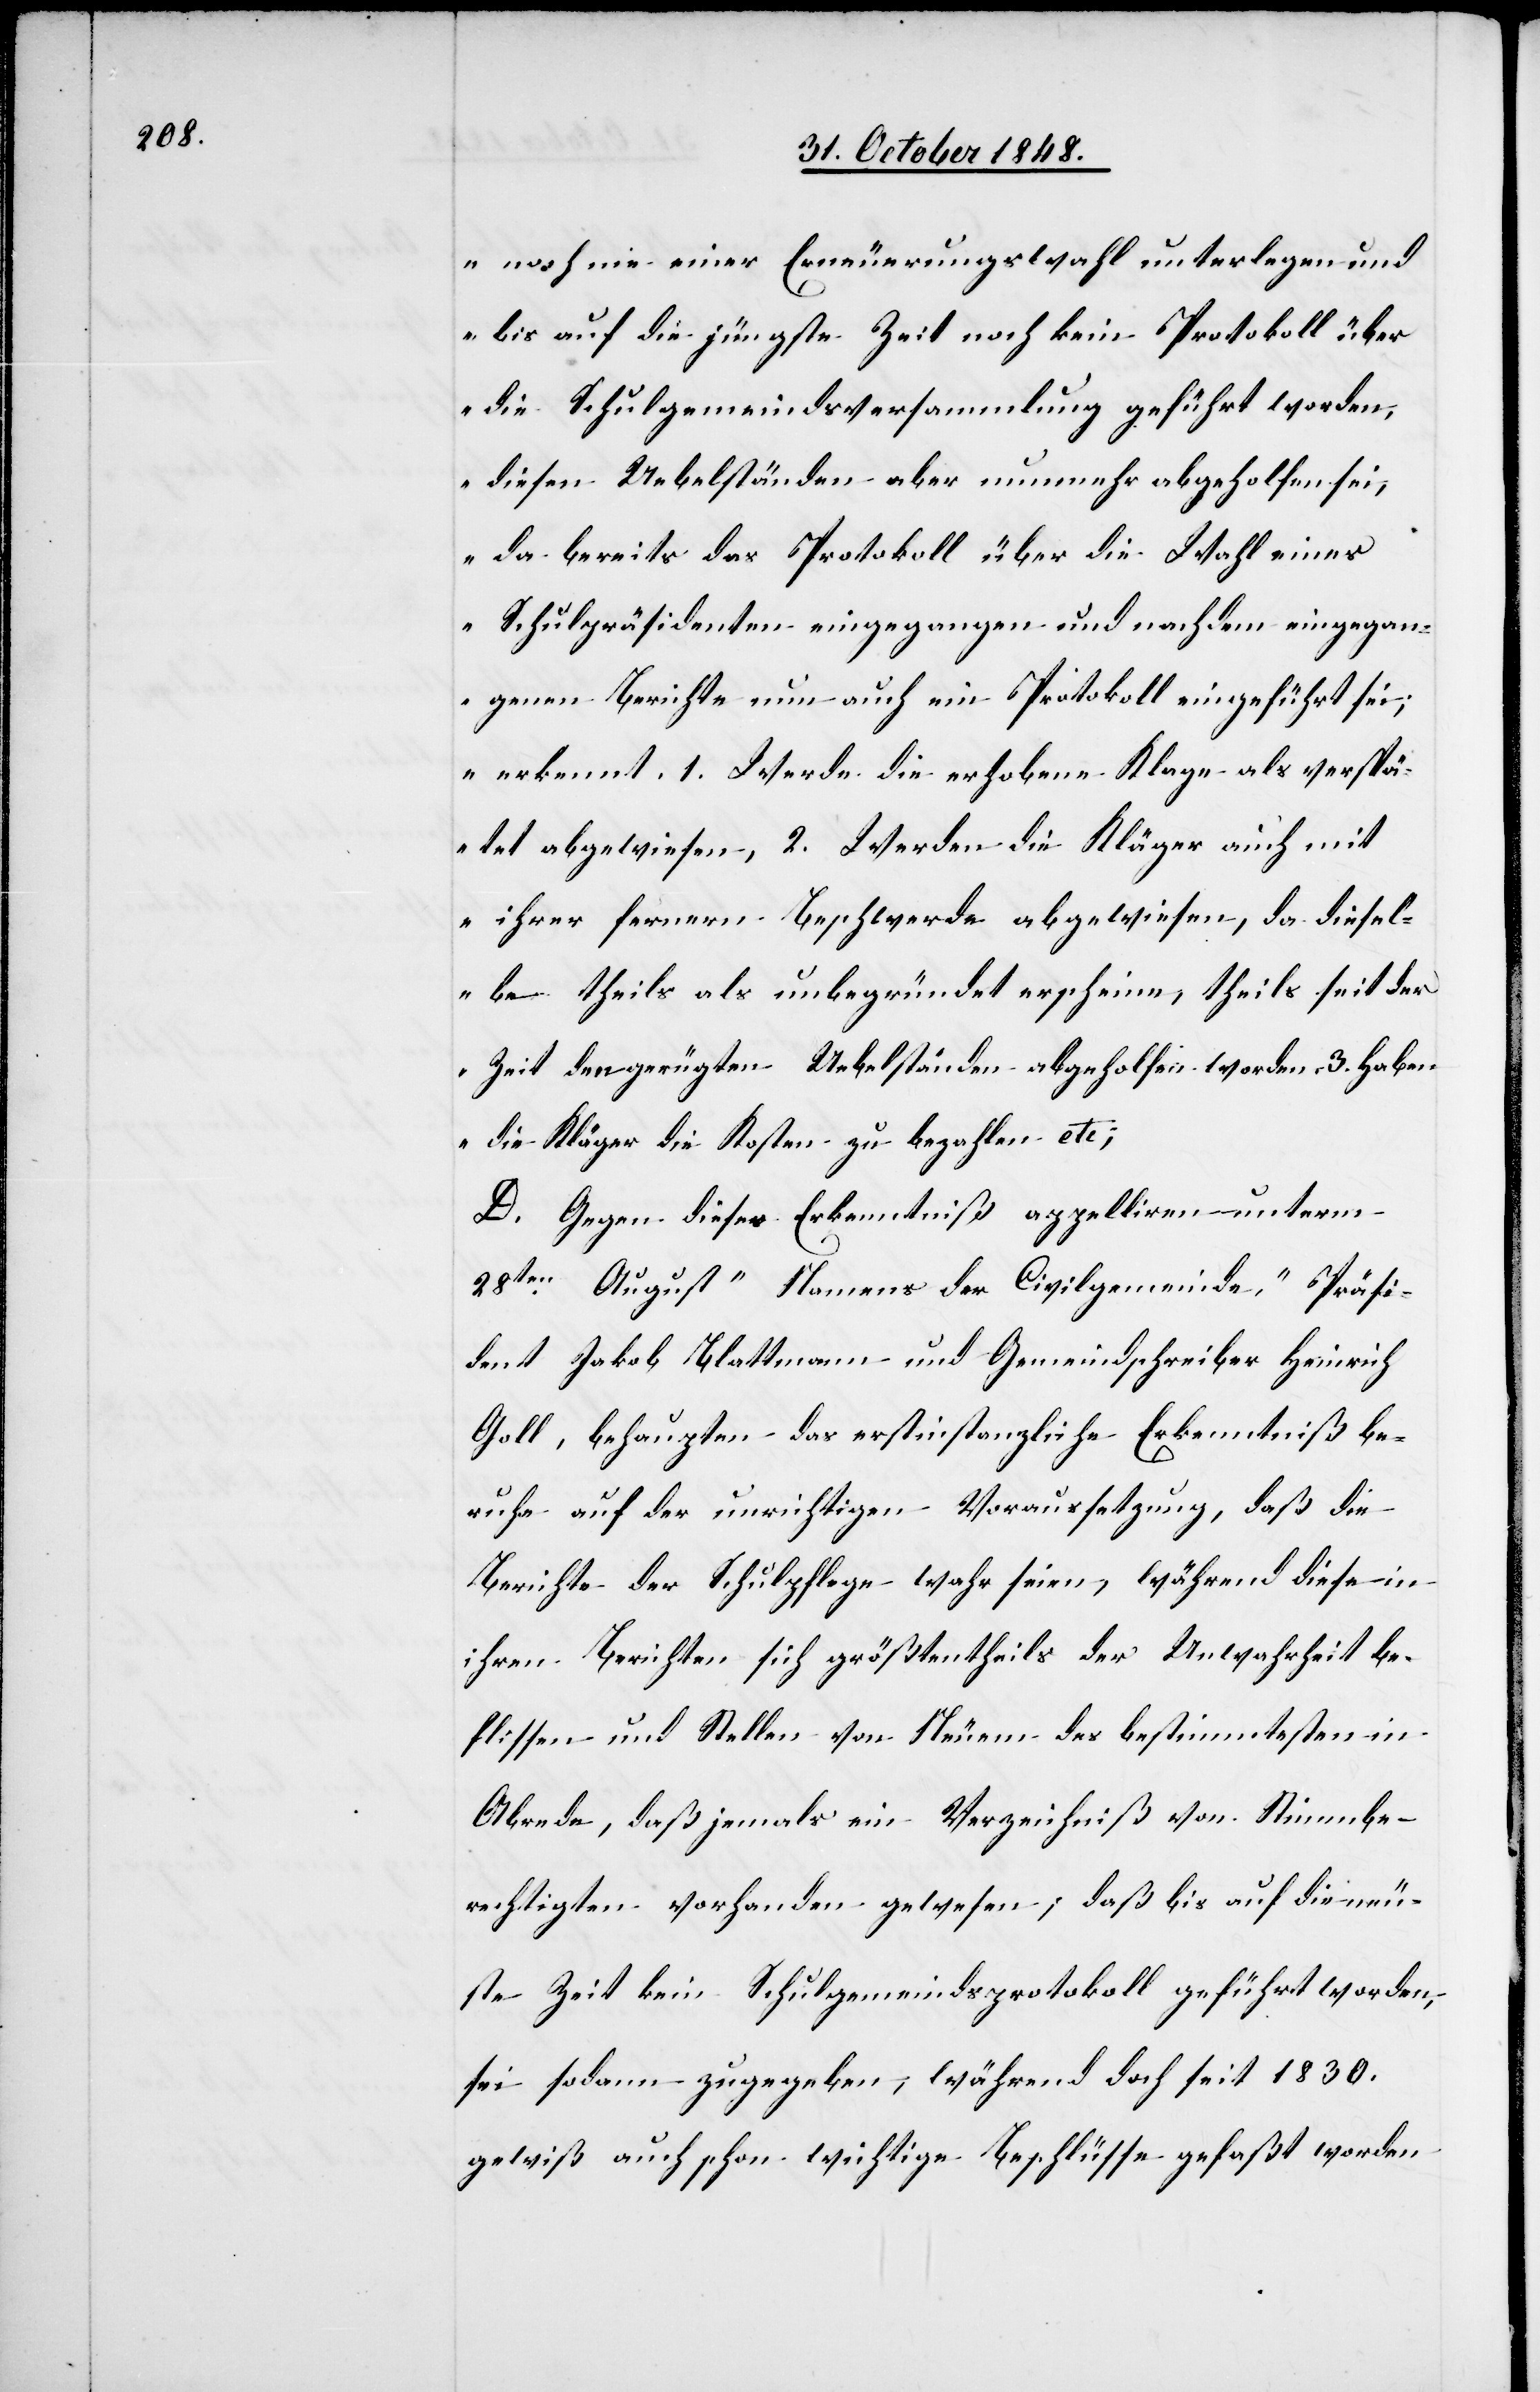
noch nie einer Erneuerungswahl unterlegen und
bis auf die jüngste Zeit noch kein Protokoll über
die Schulgemeindsversammlung geführt worden,
diesen Uebelständen aber nunmehr abgeholfen sei,
da bereits das Protokoll über die Wahl eines
Schulpräsidenten eingegangen und nach dem eingegan¬
genen Berichte nun auch ein Protokoll eingeführt sei;
erkennt 1. Werde die erhobene Klage als verspä¬
tet abgewiesen, 2. Werden die Kläger auch mit
ihrer fernern Beschwerde abgewiesen, da diesel¬
be theils als unbegründet erscheine, theils seit der
Zeit den gerügten Uebelständen abgeholfen worden, 3. Haben
die Kläger die Kosten zu bezahlen
D. Gegen dieses Erkenntniß appelliren unterm
28ten August „Namens der Civilgemeinde“, Präsi¬
dent Jakob Blattmann und Gemeindschreiber Heinrich
Goll, behaupten das erstinstanzliche Erkenntniß be¬
ruhe auf der unrichtigen Voraussetzung, daß die
Berichte der Schulpflege wahr seien, während diese in
ihren Berichten sich größtentheils der Unwahrheit be¬
flissen und Stellen von Neuem der bestimmtesten in
Abrede, daß jemals ein Verzeichniß von Stimmbe¬
rechtigten vorhanden gewesen; daß bis auf die neu¬
ste Zeit kein Schulgemeindsprotokoll geführt worden,
sei sodann zugegeben, während doch seit 1830.
gewiß auch schon wichtige Beschlüsse gefaßt worden